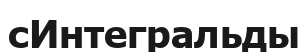
сИнтегральды